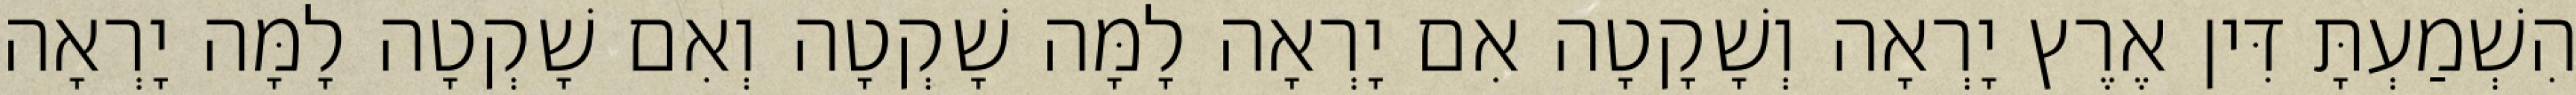
הִשְׁמַעְתָּ דִּין אֶרֶץ יָרְאָה וְשָׁקָטָה אִם יָרְאָה לָמָּה שָׁקְטָה וְאִם שָׁקְטָה לָמָּה יָרְאָה